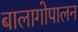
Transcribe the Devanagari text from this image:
बालागोपालन